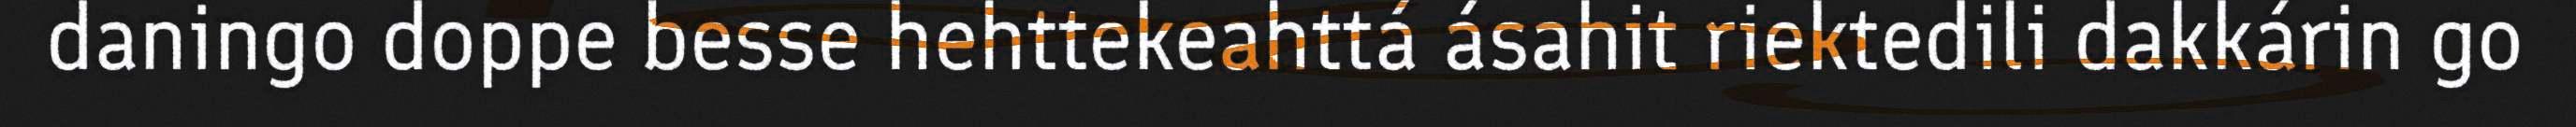
daningo doppe besse hehttekeahttá ásahit riektedili dakkárin go